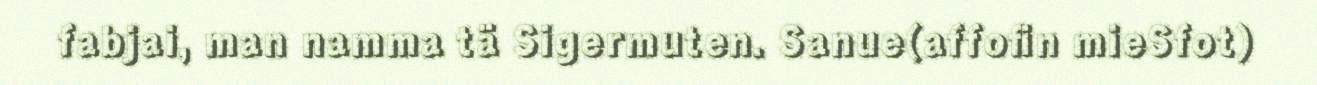
fabjai, man namma tä Sigermuten. Sanue(affofin mieSfot)